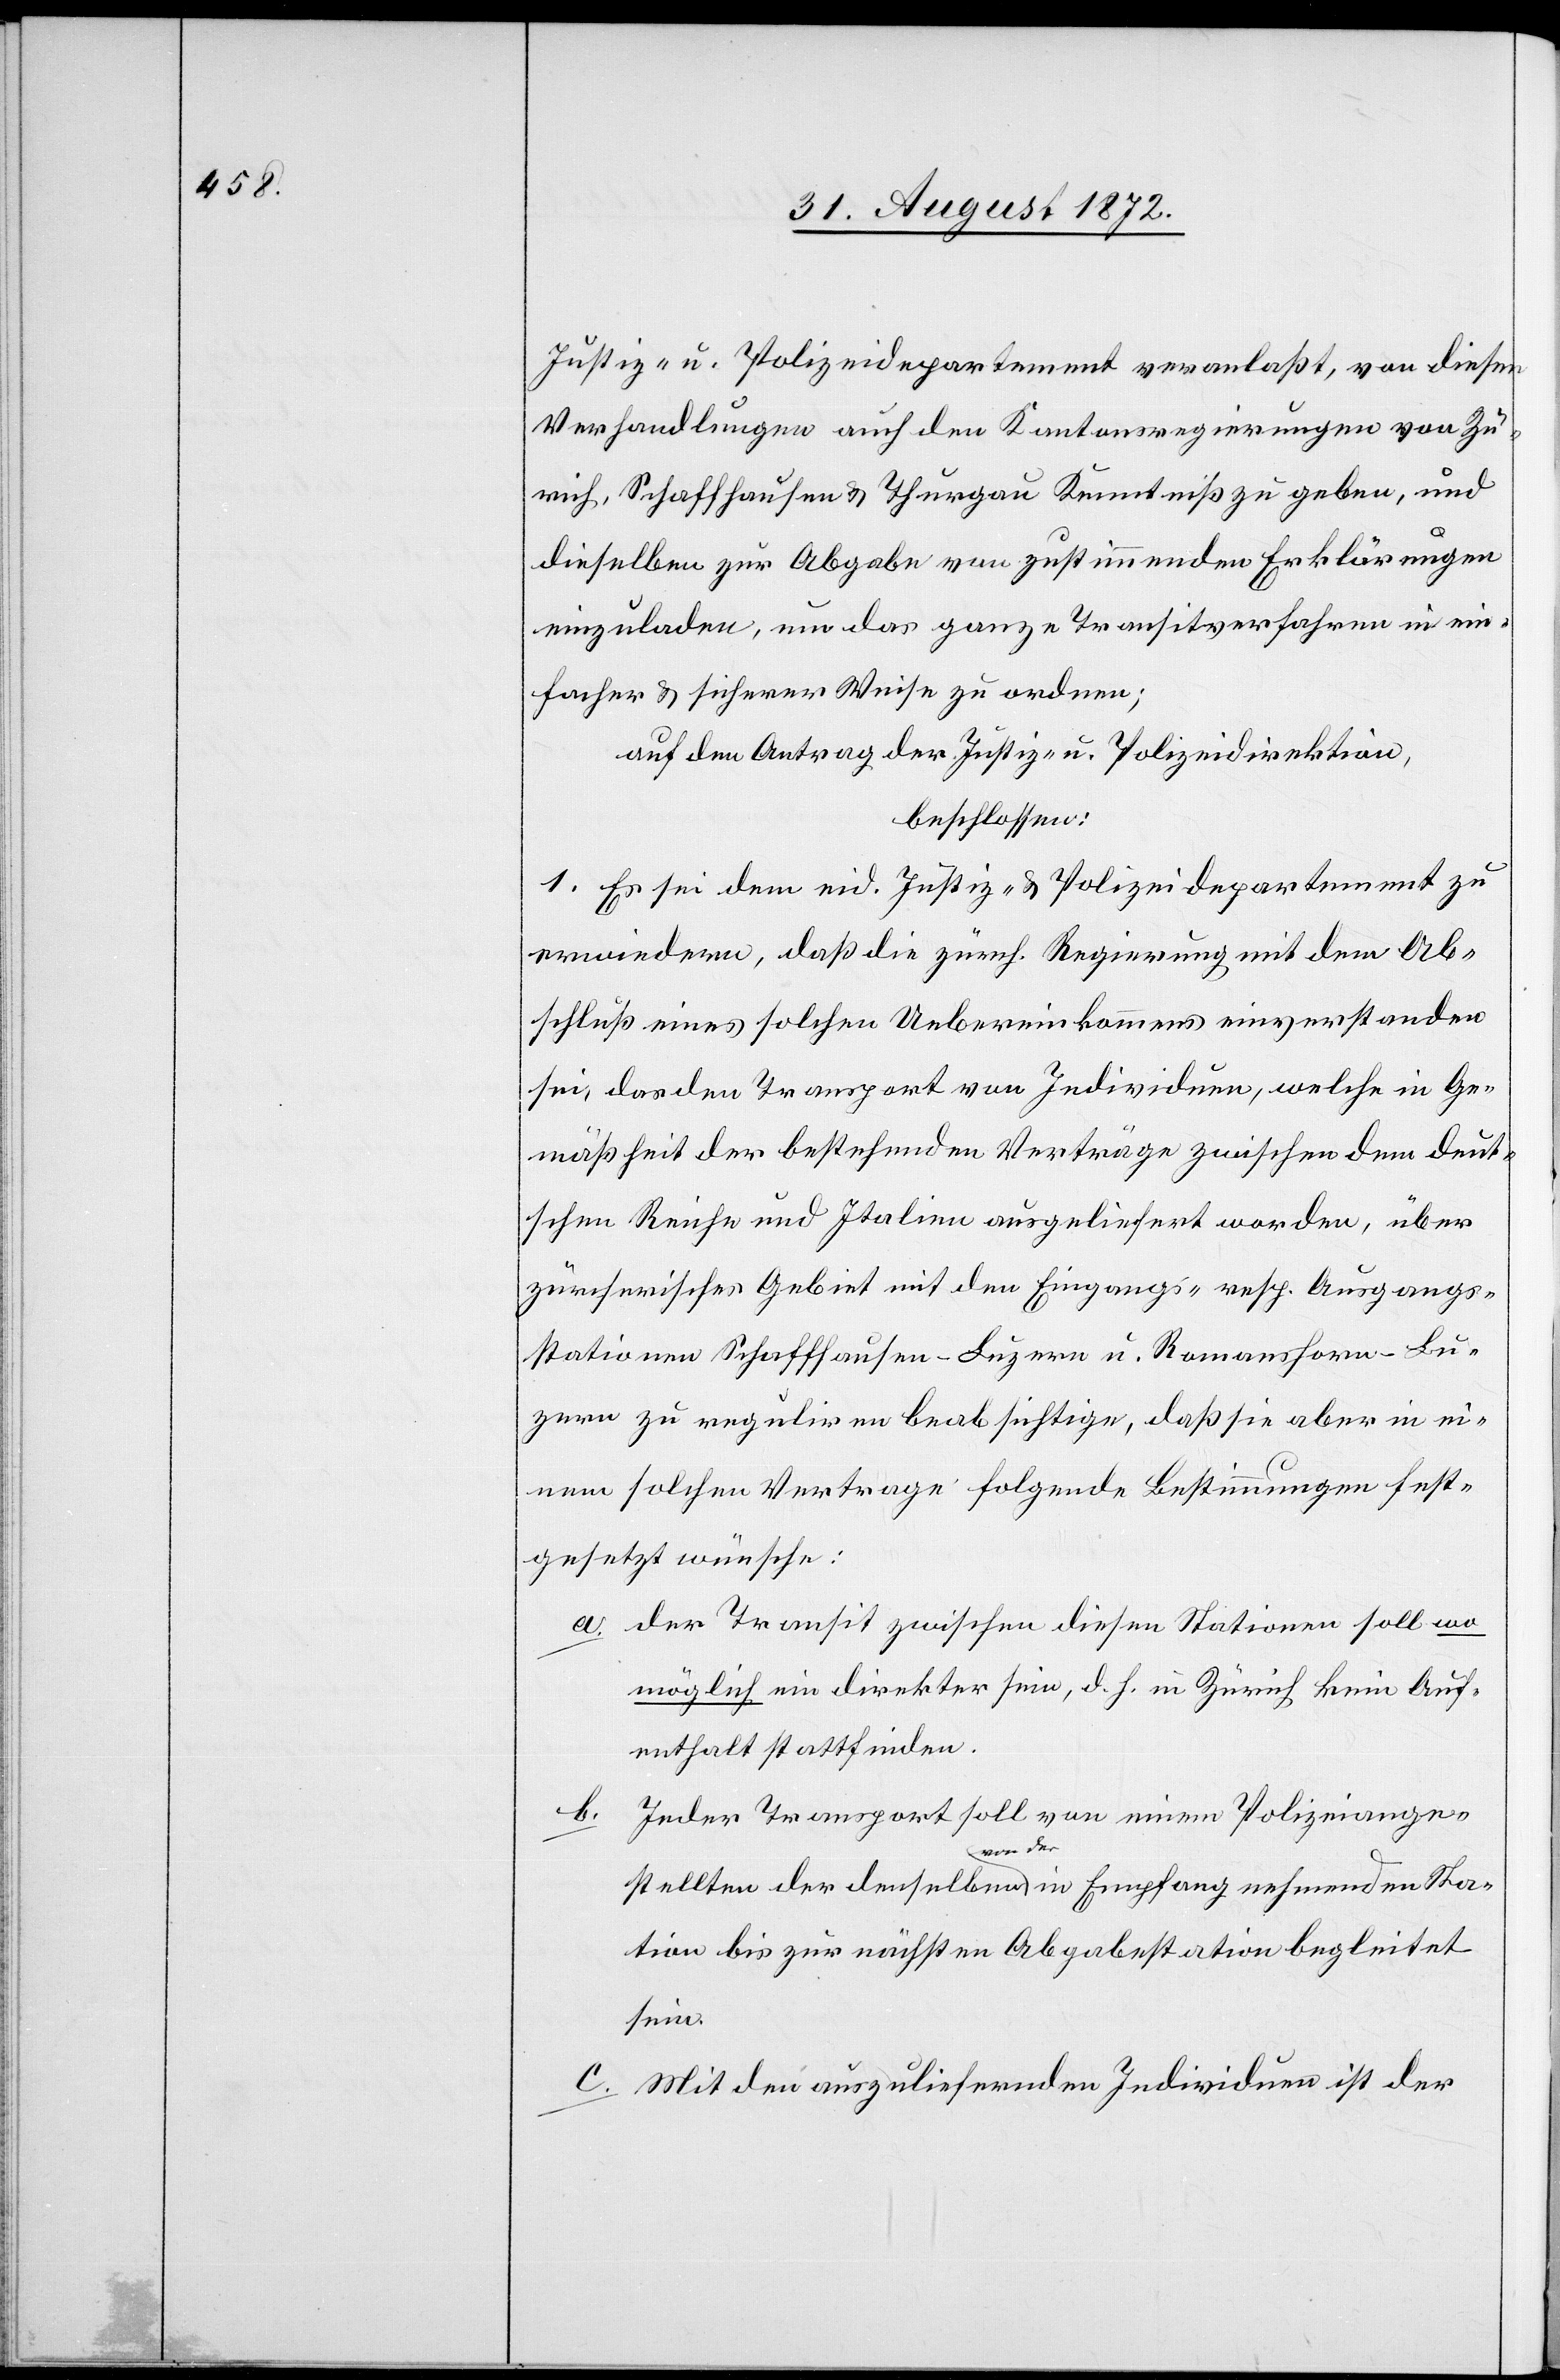
Justiz- u. Polizeidepartement veranlaßt, von diesen
Verhandlungen auch den Kantonsregierungen von Zü¬
rich, Schaffhausen u. Thurgau Kenntniß zu geben, und
dieselben zur Abgabe von zustimmenden Erklärungen
einzuladen, um das ganze Transitverfahren in ein¬
facher u. sicherer Weise zu ordnen;
auf den Antrag der Justiz- u. Polizeidirektion,
beschlossen:
1. Es sei dem eid. Justiz- u. Polizeidepartement zu
erwiedern, daß die zürch. Regierung mit dem Ab¬
schluß eines solchen Uebereinkommens einverstanden
sei, das den Transport von Individuen, welche in Ge¬
mäßheit der bestehenden Verträge zwischen dem deut¬
schen Reiche und Italien ausgeliefert worden, über
zürcherisches Gebiet mit den Eingangs- resp. Ausgangs¬
stationen Schaffhausen–Luzern u. Romanshorn–Lu¬
zern zu reguliren beabsichtige, daß sie aber in ei¬
nem solchen Vertrage folgende Bestimmungen fest¬
gesetzt wünsche:
der Transit zwischen diesen Stationen soll wo¬
möglich ein direkter sein, d. h. in Zürich kein Auf¬
enthalt stattfinden.
Jeder Transport soll von einem Polizeiange¬
stellten der denselben von der in Empfang nehmenden Sta¬
tion bis zur nächsten Abgabestation begleitet
sein.
Mit den auszuliefernden Individuen ist der
a.